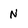
Character: N